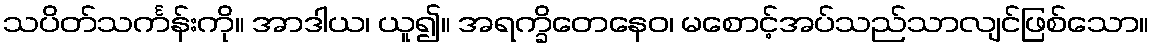
သပိတ်သင်္ကန်းကို။ အာဒါယ၊ ယူ၍။ အရက္ခိတေနေဝ၊ မစောင့်အပ်သည်သာလျင်ဖြစ်သော။